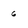
Character: 6